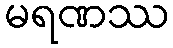
မရဏဿ